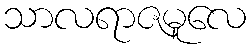
သာလရာဇမူလေ